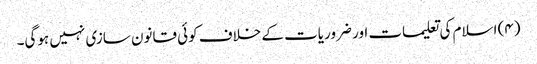
(۴) اسلام کی تعلیمات اور ضروریات کے خلاف کوئی قانون سازی نہیں ہوگی۔